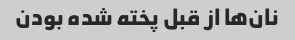
نان‌ها از قبل پخته شده بودن